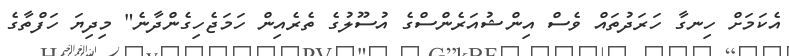
އެކަމަށް ހިނގާ ހަަރަދުތައް ވެސް އިންޝުއަރެންސްގެ އުސޫލުގެ ތެރެއިން ހަމަޖެހިގެންދާނެ" މިދިޔަ ހަފްތާގެ